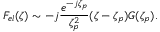
F _ { e l } ( \zeta ) \sim - j \frac { e ^ { - j \zeta _ { p } } } { \zeta _ { p } ^ { 2 } } ( \zeta - \zeta _ { p } ) G ( \zeta _ { p } ) .